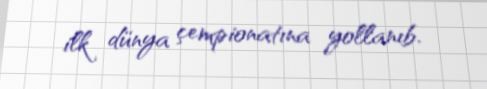
ilk dünya çempionatına yollanıb.